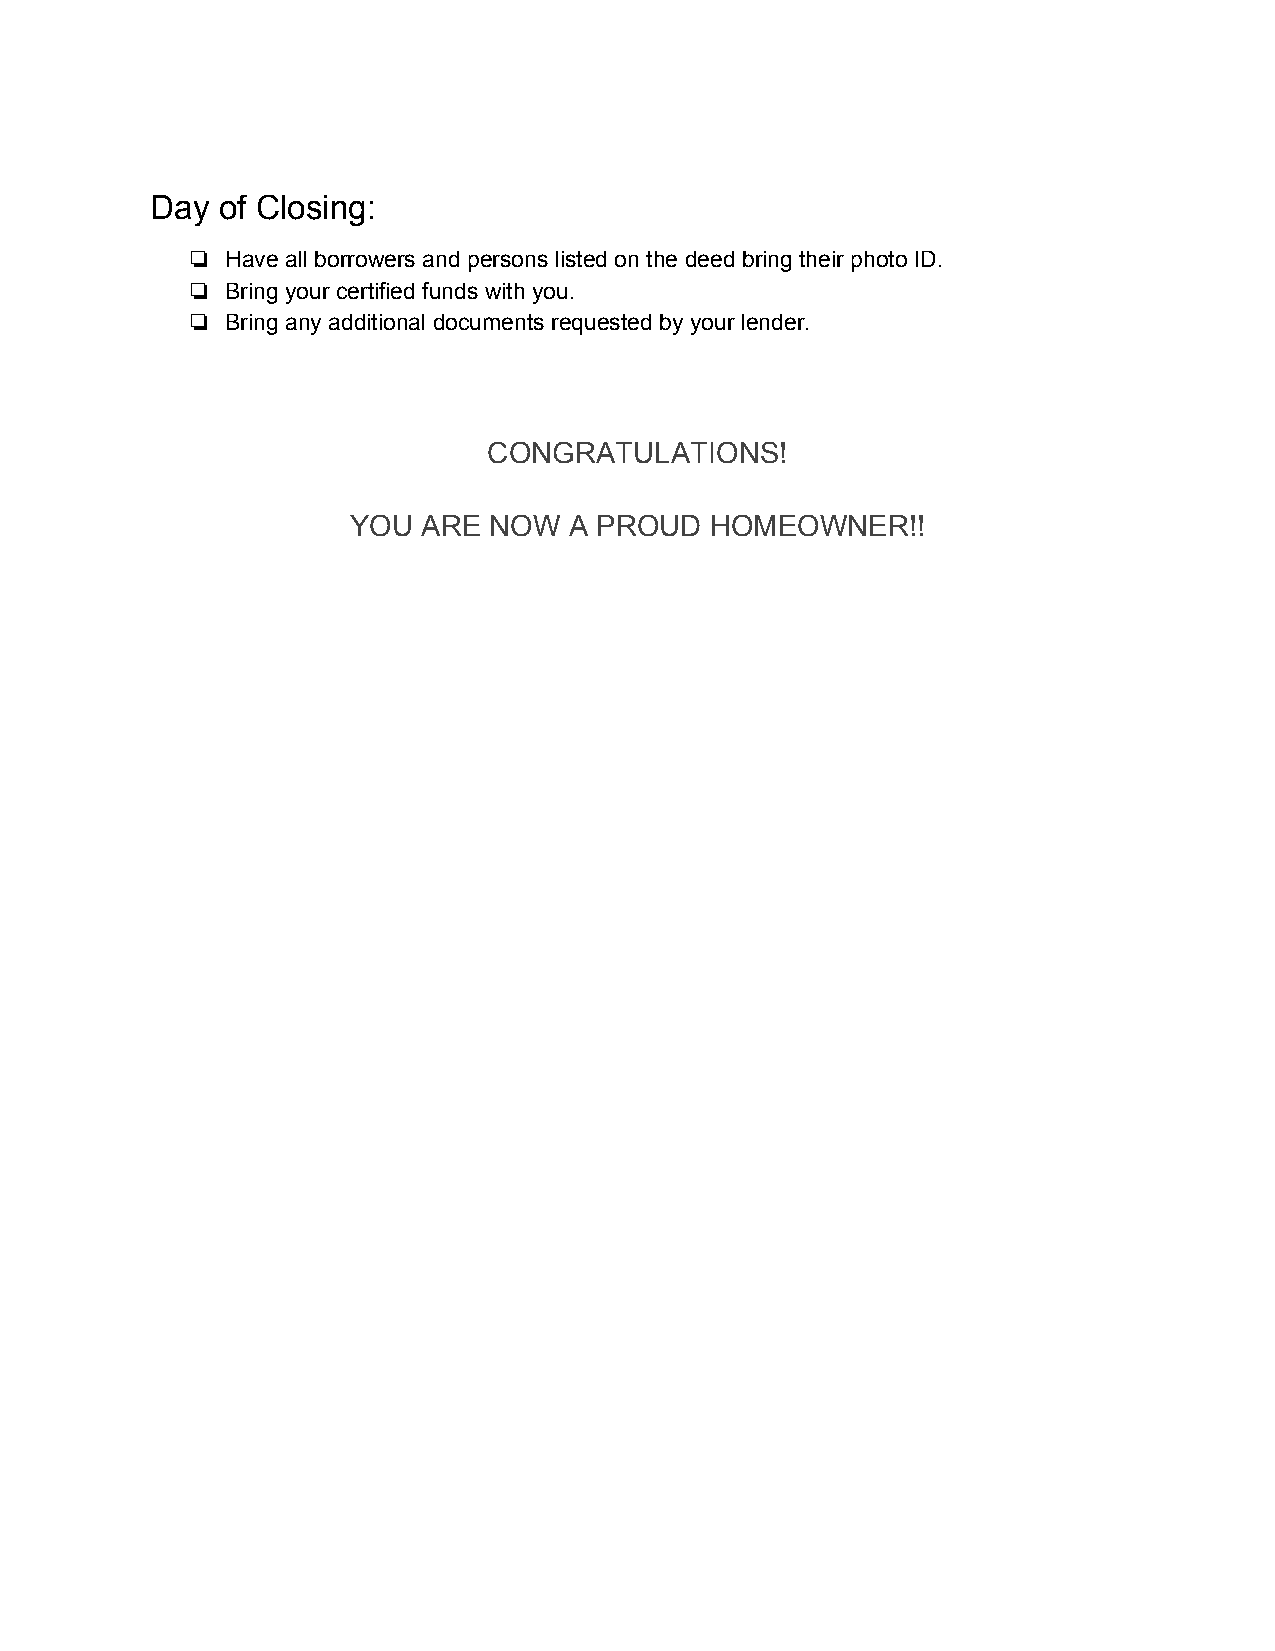
Day of Closing:
 ❏  Have all borrowers and persons listed on the deed bring their photo ID.
 ❏  Bring your certified funds with you.
 ❏  Bring any additional documents requested by your lender.
 CONGRATULATIONS!
 YOU  ARE NOW   A PROUD  HOMEOWNER!!